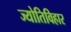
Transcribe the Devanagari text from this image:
ज्योतिविहार